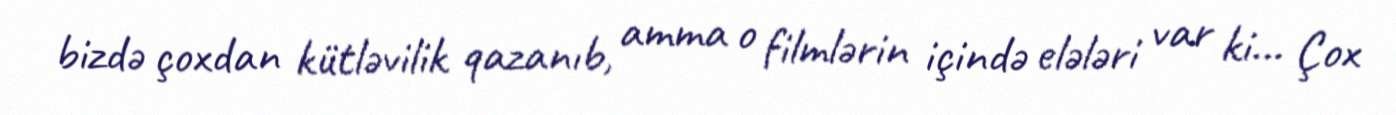
bizdə çoxdan kütləvilik qazanıb, amma o filmlərin içində elələri var ki... Çox